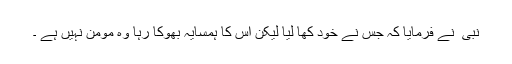
نبی ؐ نے فرمایا کہ جس نے خود کھا لیا لیکن اس کا ہمسایہ بھوکا رہا وہ مومن نہیں ہے ۔